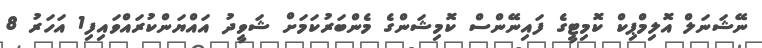
ނޭޝަނަލް އޮލިމްޕިކް ކޮމިޓީގެ ފައިނޭންސް ކޮމިޝަންގެ މެންބަރުކަމަށް ޝަވީދު އައްޔަންކުރައްވައިފި1 އަހަރު 8